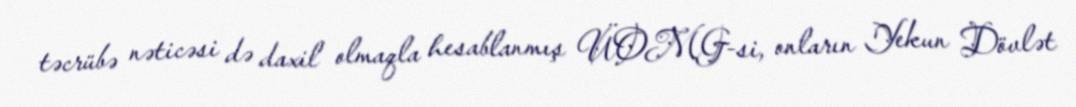
təcrübə nəticəsi də daxil olmaqla hesablanmış ÜOMG-si, onların Yekun Dövlət